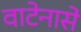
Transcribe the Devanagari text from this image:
वाटेनासे